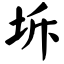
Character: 坼